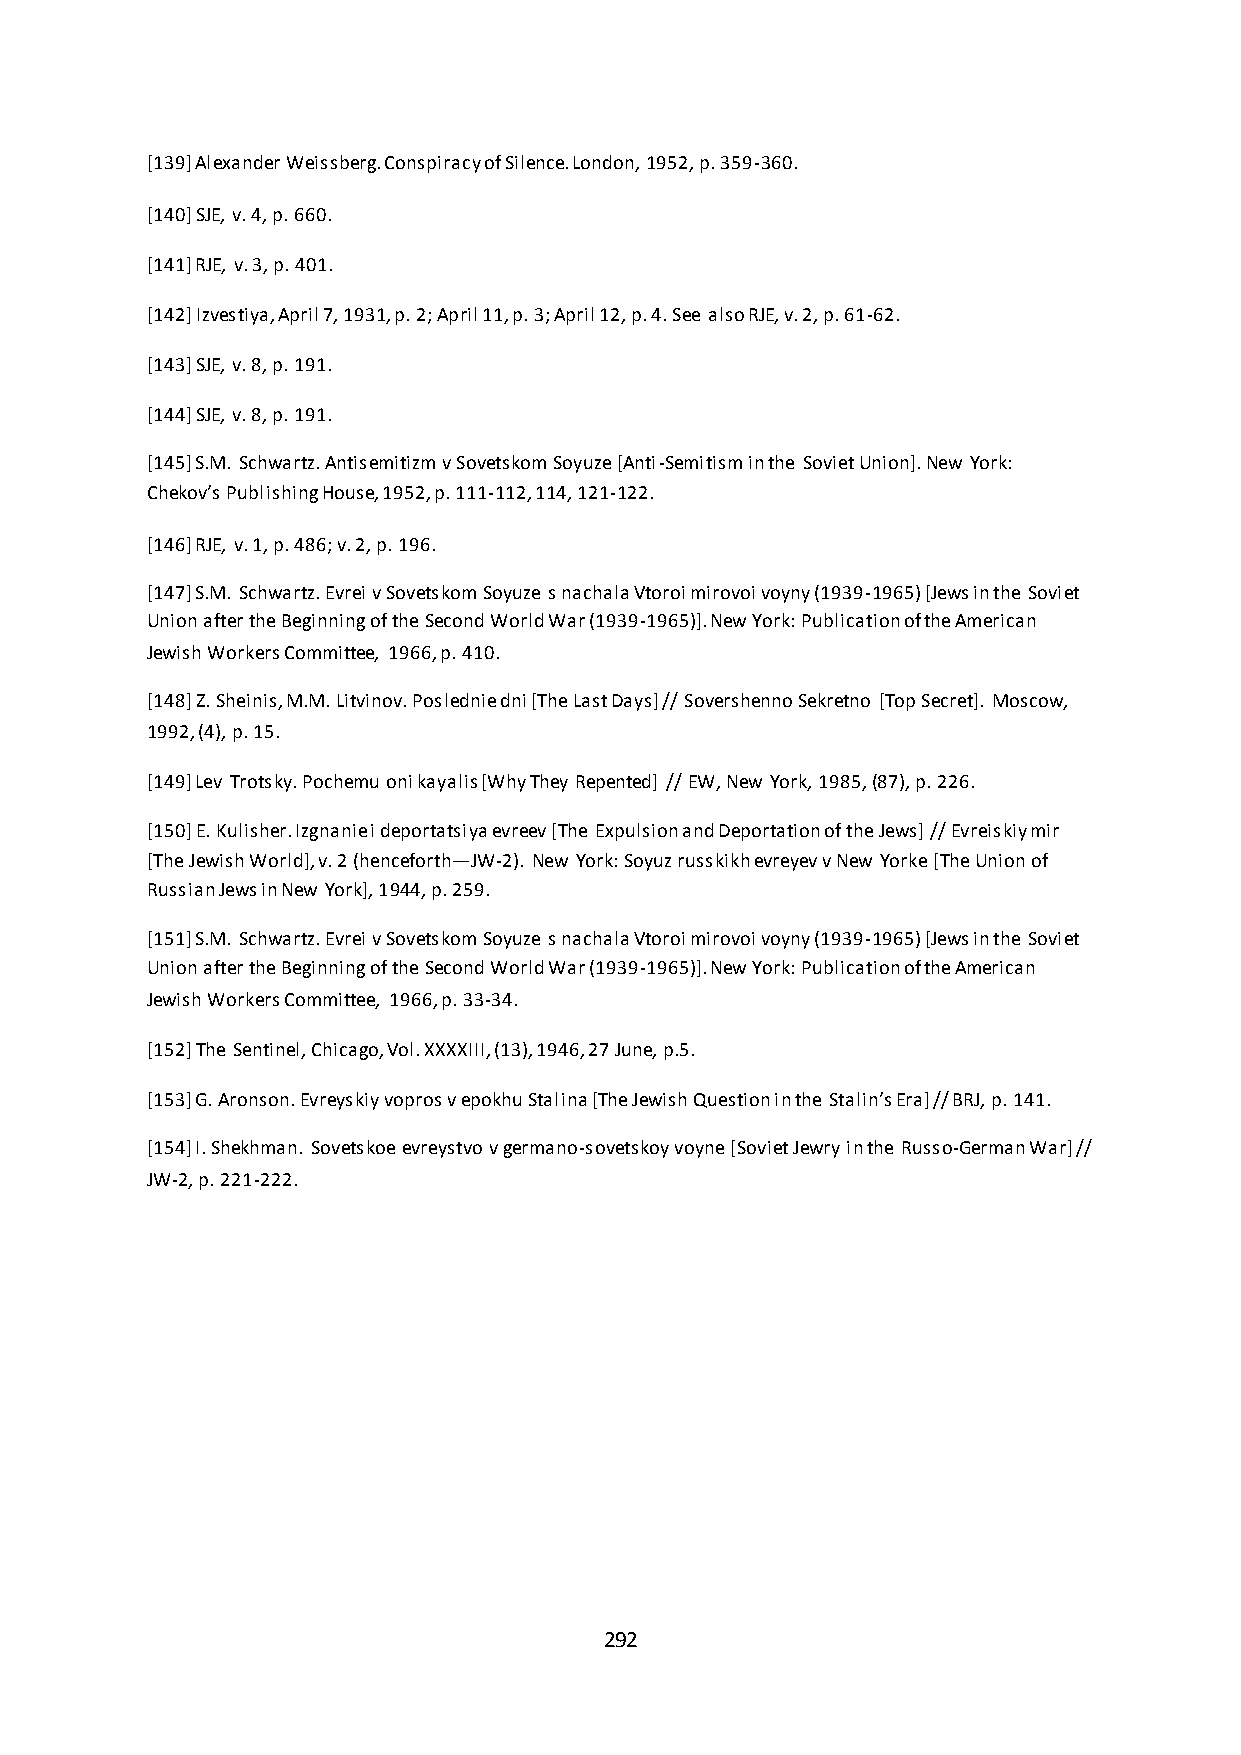
[139] Alexander Weissberg. Conspiracy of Silence. London, 1952, p. 359-360.
 [140] SJE, v. 4, p. 660.
 [141] RJE, v. 3, p. 401.
 [142] Izvestiya, April 7, 1931, p. 2; April 11, p. 3; April 12, p. 4. See also RJE, v. 2, p. 61-62.
 [143] SJE, v. 8, p. 191.
 [144] SJE, v. 8, p. 191.
 [145] S.M. Schwartz. Antisemitizm v Sovetskom Soyuze [Anti-Semitism in the Soviet Union]. New York:
 Chekov’s Publishing House, 1952, p. 111-112, 114, 121-122.
 [146] RJE, v. 1, p. 486; v. 2, p. 196.
 [147] S.M. Schwartz. Evrei v Sovetskom Soyuze s nachala Vtoroi mirovoi voyny (1939-1965) [Jews in the Soviet
 Union after the Beginning of the Second World War (1939-1965)]. New York: Publication of the American
 Jewish Workers Committee, 1966, p. 410.
 [148] Z. Sheinis, M.M. Litvinov. Poslednie dni [The Last Days] // Sovershenno Sekretno [Top Secret]. Moscow,
 1992, (4), p. 15.
 [149] Lev Trotsky. Pochemu oni kayalis [Why They Repented] // EW, New York, 1985, (87), p. 226.
 [150] E. Kulisher. Izgnanie i deportatsiya evreev [The Expulsion and Deportation of the Jews] // Evreiskiy mir
 [The Jewish World], v. 2 (henceforth—JW-2). New York: Soyuz russkikh evreyev v New Yorke [The Union of
 Russian Jews in New York], 1944, p. 259.
 [151] S.M. Schwartz. Evrei v Sovetskom Soyuze s nachala Vtoroi mirovoi voyny (1939-1965) [Jews in the Soviet
 Union after the Beginning of the Second World War (1939-1965)]. New York: Publication of the American
 Jewish Workers Committee, 1966, p. 33-34.
 [152] The Sentinel, Chicago, Vol. XXXXIII, (13), 1946, 27 June, p.5.
 *153+ G. Aronson. Evreyskiy vopros v epokhu Stalina *The Jewish Question in the Stalin’s Era+ // BRJ, p. 141.
 [154] I. Shekhman. Sovetskoe evreystvo v germano-sovetskoy voyne [Soviet Jewry in the Russo-German War] //
 JW-2, p. 221-222.
 292